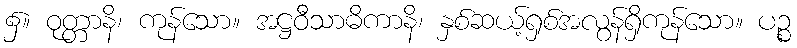
၌။ ဝုတ္တာနိ၊ ကုန်သော။ အဋ္ဌဝီသာဓိကာနိ၊ နှစ်ဆယ့်ရှစ်အလွန်ရှိကုန်သော။ ပဉ္စ